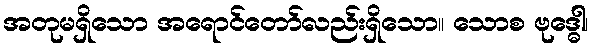
အတုမရှိသော အရောင်တော်လည်းရှိသော။ သောစ ဗုဒ္ဓေါ၊